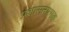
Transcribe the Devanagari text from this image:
प्रशासनात्मक